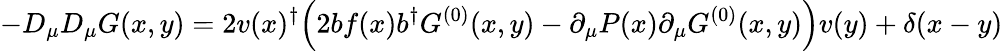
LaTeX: -D_{\mu}D_{\mu}G(x,y)=2v(x)^{\dagger}\Bigl(2bf(x)b^{\dagger}G^{(0)}(x,y)-\partial_{\mu}P(x)\partial_{\mu}G^{(0)}(x,y)\Bigr)v(y)+\delta(x-y)